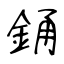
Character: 銿